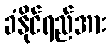
ခံနိုင်ရည်အား